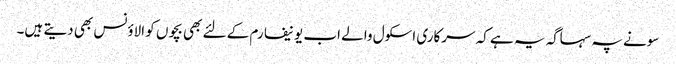
سونے پہ سہاگہ یہ ہے کہ سرکاری اسکول والے اب یونیفارم کے لئے بھی بچوں کو الاؤنس بھی دیتے ہیں۔